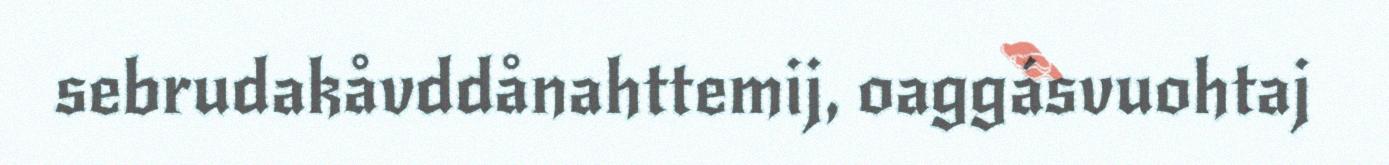
sebrudakåvddånahttemij, oaggásvuohtaj